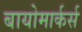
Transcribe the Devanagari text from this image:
बायोमार्कर्स